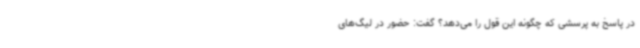
در پاسخ به پرسشی که چگونه این قول را می‌دهد؟ گفت: حضور در لیگ‌های